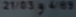
2^{/03}g_{\